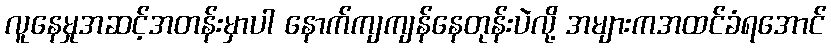
လူနေမှုအဆင့်အတန်းမှာပါ နောက်ကျကျန်နေတုန်းပဲလို့ အများကအထင်ခံရအောင်